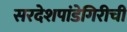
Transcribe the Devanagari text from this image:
सरदेशपांडेगिरीची